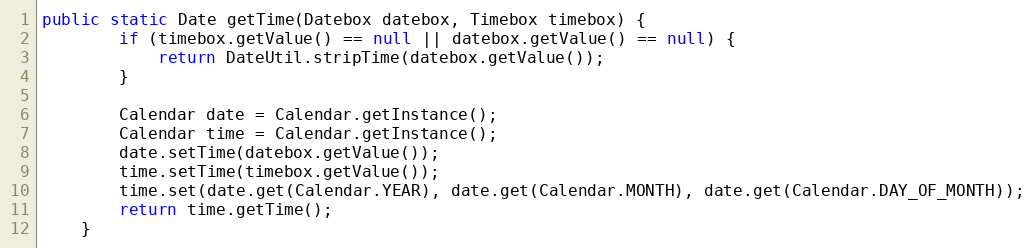
Language: Java
public static Date getTime(Datebox datebox, Timebox timebox) {
        if (timebox.getValue() == null || datebox.getValue() == null) {
            return DateUtil.stripTime(datebox.getValue());
        }

        Calendar date = Calendar.getInstance();
        Calendar time = Calendar.getInstance();
        date.setTime(datebox.getValue());
        time.setTime(timebox.getValue());
        time.set(date.get(Calendar.YEAR), date.get(Calendar.MONTH), date.get(Calendar.DAY_OF_MONTH));
        return time.getTime();
    }